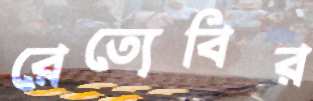
রেত্যেবির